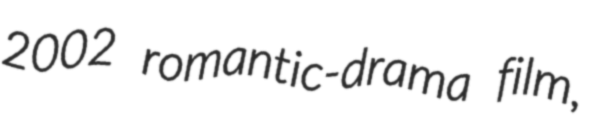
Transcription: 2002 romantic-drama film,